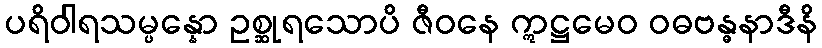
ပရိဝါရသမ္ပန္နော ဥစ္ဆုရသောပိ ဇီဝနေ ဣဋ္ဌမေဝ ဝဓဗန္ဓနာဒီနိ